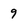
Character: 9